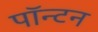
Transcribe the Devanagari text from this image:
पॉन्टन